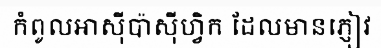
កំពូលអាស៊ីប៉ាស៊ីហ្វិក ដែលមានភ្ញៀវ